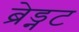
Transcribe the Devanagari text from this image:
ब्रेड्नट